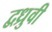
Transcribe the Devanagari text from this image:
द्वध्रुवी